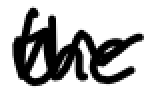
Text: the
Cross-out: wave
Writing tool: digital_black